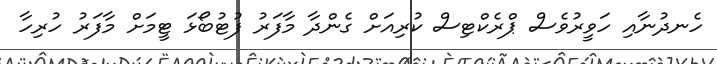
ހެނދުނާއި ހަވީރުވެސް ޕްރެކްޓިސް ކުރިއަށް ގެންދާ މާފަރު ފުޓުބޯޅަ ޓީމަށް މާފަރު ހުރިހާ